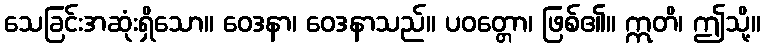
သေခြင်းအဆုံးရှိသော။ ဝေဒနာ၊ ဝေဒနာသည်။ ပဝတ္တော၊ ဖြစ်၏။ ဣတိ၊ ဤသို့။